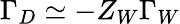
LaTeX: \Gamma_{D}\simeq-Z_{W}\Gamma_{W}